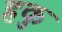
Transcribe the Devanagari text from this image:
हकु